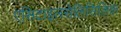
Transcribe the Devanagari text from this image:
एसिटाइलसेलिसिलिक